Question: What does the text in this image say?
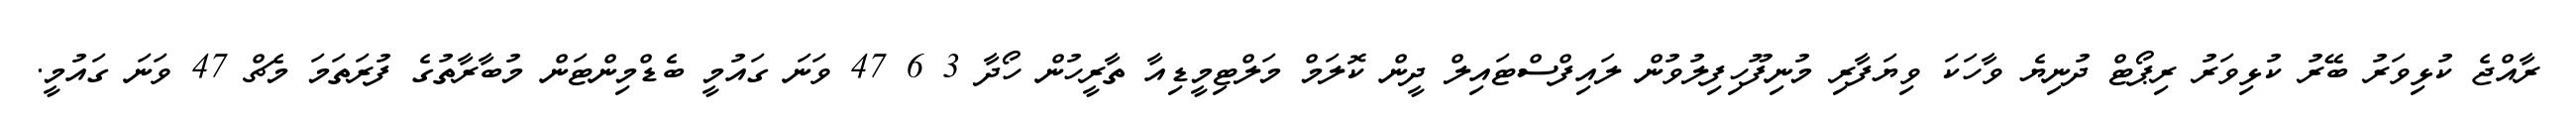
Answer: ރާއްޖެ ކުޅިވަރު ބޭރު ކުޅިވަރު ރިޕޯޓް ދުނިޔެ ވާހަކަ ވިޔަފާރި މުނިފޫހިފިލުވުން ލައިފްސްޓައިލް ދީން ކޮލަމް މަލްޓިމީޑިއާ ތާރީހުން ހޯދާ 3 6 47 ވަނަ ގައުމީ ބެޑްމިންޓަން މުބާރާތުގެ ފުރަތަމަ މެޗް 47 ވަނަ ގައުމީ.